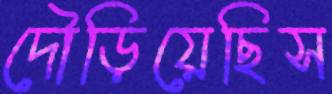
দৌড়িয়েছিস